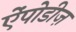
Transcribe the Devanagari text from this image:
ऐंपोडीज़